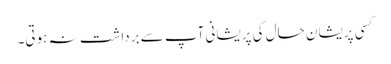
کسی پریشان حال کی پریشانی آپ سے برداشت نہ ہوتی۔